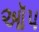
ઑપ